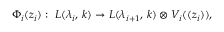
\Phi _ { i } ( z _ { i } ) : \; L ( \lambda _ { i } , \, k ) \rightarrow L ( \lambda _ { i + 1 } , \, k ) \otimes V _ { i } ( ( z _ { i } ) ) ,